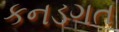
કનડગત